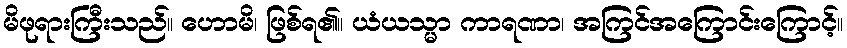
မိဖုရားကြီးသည်။ ဟောမိ၊ ဖြစ်ရ၏။ ယံယသ္မာ ကာရဏာ၊ အကြင်အကြောင်းကြောင့်။